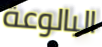
البالوعة